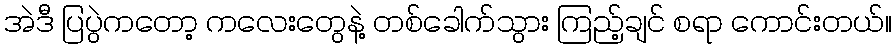
အဲဒီ ပြပွဲကတော့ ကလေးတွေနဲ့ တစ်ခေါက်သွား ကြည့်ချင် စရာ ကောင်းတယ်။